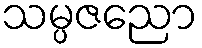
သမ္ပဇညော